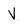
Character: V